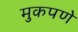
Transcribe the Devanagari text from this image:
मुकपणे